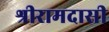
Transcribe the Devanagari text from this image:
श्रीरामदासी